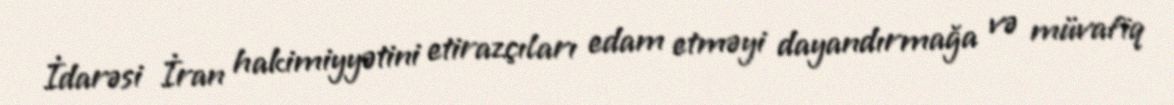
İdarəsi İran hakimiyyətini etirazçıları edam etməyi dayandırmağa və müvafiq